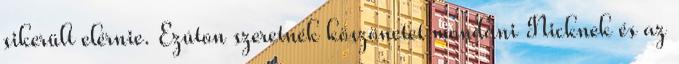
sikerült elérnie. Ezúton szeretnék köszönetet mondani Nicknek és az